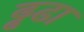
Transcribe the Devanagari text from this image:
ढ्ढढा